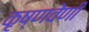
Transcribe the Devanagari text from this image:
कृष्णवेणी